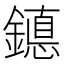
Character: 𰽆